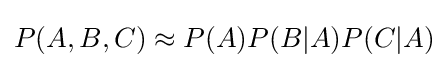
P(A,B,C)\approx P(A)P(B|A)P(C|A)